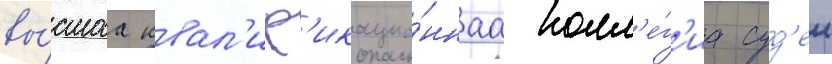
вы́сшаа квал'иф'икацио́ннаа колл'е́г'иа суд'еи